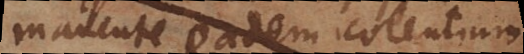
manente eadem colentium